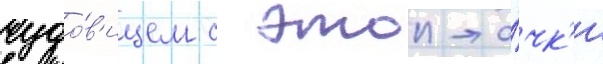
чудо́в'ищем с этои то́чк'и